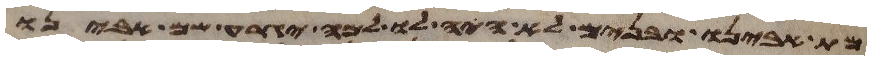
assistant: מת אבינו ובנים לא היה לו למה יגרע שם אבינו